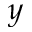
y